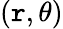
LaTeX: (\mathtt{r},\theta)